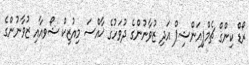
ރޯޑް ކިންގް ޗެމްޕިިއަންޝިޕް އަދި ޒުވާނުންގެ ދުވަހުގެ ޚާއްސަ މިއުޒިކް ޝޯވއާއި ޒުވާނުންގެ